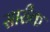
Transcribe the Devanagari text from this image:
सारीक